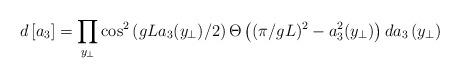
LaTeX: \begin{align*}d\left[a_{3}\right] = \prod_{y_{\perp}} \cos^{2}\left( gLa_{3}(y_{\perp})/2 \right)\Theta \left( (\pi/g L)^{2}-a_{3}^{2}(y_{\perp}) \right) da_{3}\left(y_{\perp}\right)\end{align*}